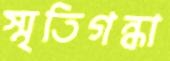
স্মৃতিগন্ধা